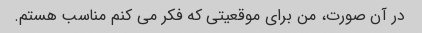
در آن صورت، من برای موقعیتی که فکر می کنم مناسب هستم.